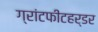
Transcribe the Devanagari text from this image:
ग्रांटफीटहर्डर